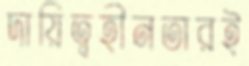
দায়িত্বহীনতারই